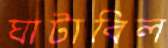
ঘাটাবিল